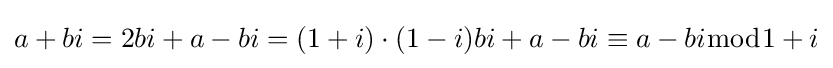
a+bi=2bi+a-bi=(1+i)\cdot (1-i)bi+a-bi\equiv a-bi{\bmod {1}}+i